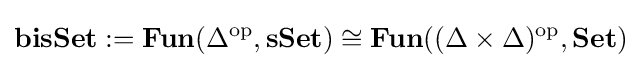
\mathbf {bisSet} :=\mathbf {Fun} (\Delta ^{\mathrm {op} },\mathbf {sSet} )\cong \mathbf {Fun} ((\Delta \times \Delta )^{\mathrm {op} },\mathbf {Set} )